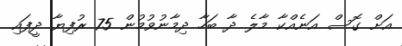
އަށް ގޮސް އަނެއްކާ މާލެ ދާ ބަހާ ދިމާނުވުމުން 75 ރުފިޔާ ދީފައި